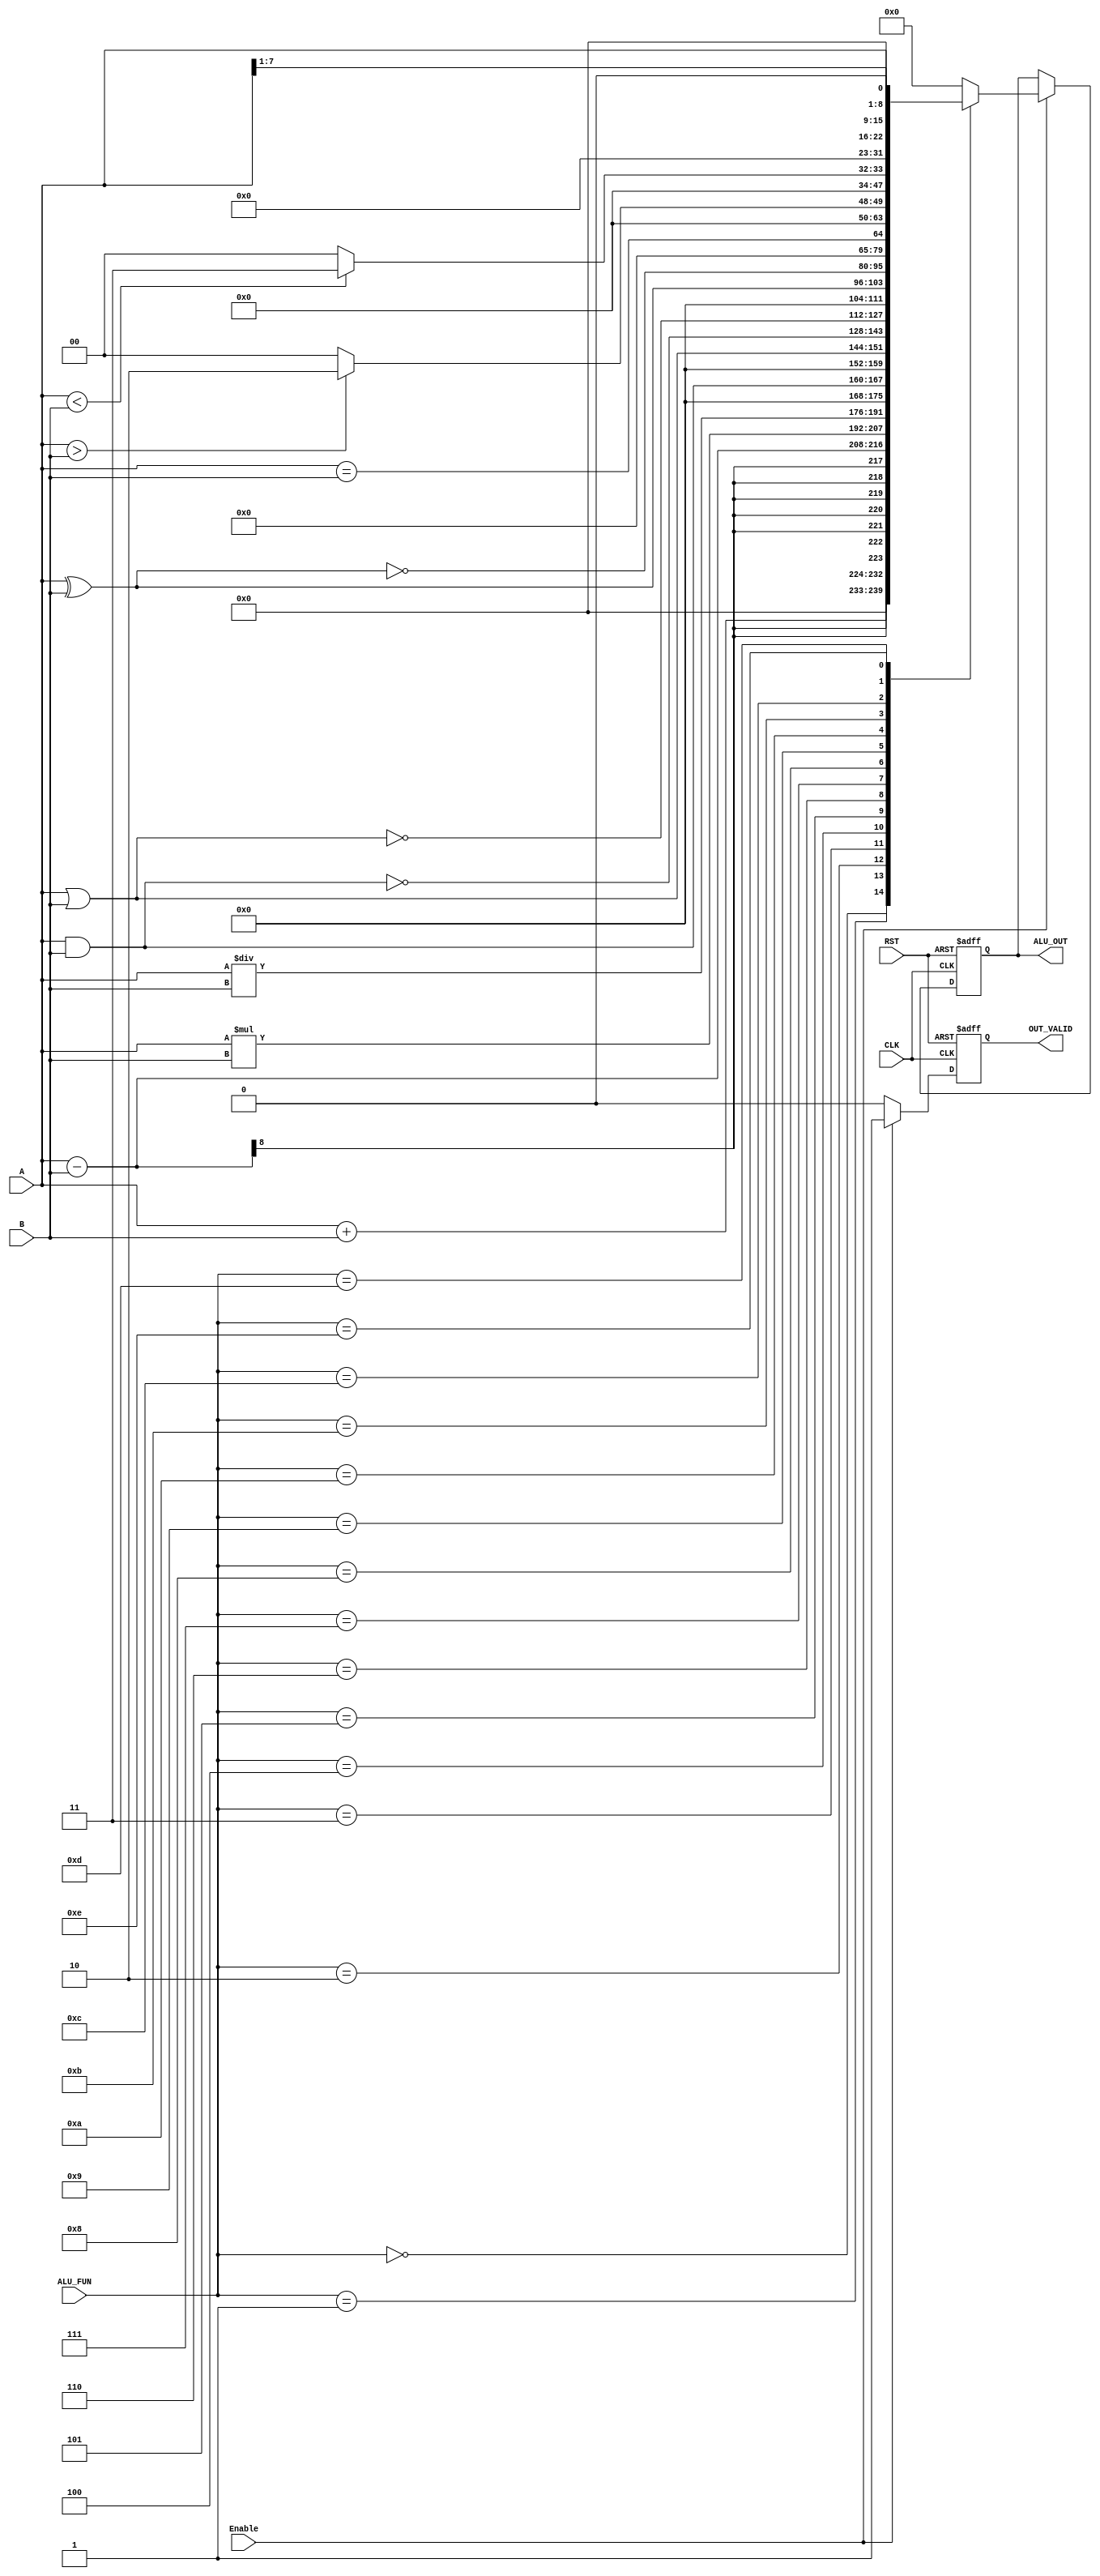
module ALU #(parameter WIDTH = 8 , OUT_WIDTH = 2*WIDTH , FUNC = 4 )
			(
			input wire[WIDTH-1:0] A,
			input wire[WIDTH-1:0] B,
			input wire[FUNC-1:0] ALU_FUN,
			input wire Enable,
			input wire CLK,
			input wire RST,
			output reg[OUT_WIDTH-1:0] ALU_OUT,
			output reg OUT_VALID
			);
reg[OUT_WIDTH-1:0] ALU_Combo ;
reg out_valid_combo;

//reg[WIDTH-1:0] A_,B_;

//always @(posedge CLK or negedge RST) begin 
//	if(~RST) begin
//		A_ <= 0;
//		B_ <= 0;
//	end else begin
//		A_ <= A;
//		B_ <= B;
//	end 
//end

always @(*)begin
	out_valid_combo = 1'b0;
	ALU_Combo = 16'b0;
	if(Enable) begin
		out_valid_combo = 1'b1; 
		case(ALU_FUN)
			4'b0000 : ALU_Combo = A + B;
			4'b0001 : ALU_Combo = A - B;
			4'b0010 : ALU_Combo = A * B;
			4'b0011 : ALU_Combo = A / B;
			4'b0100 : ALU_Combo = A & B;
			4'b0101 : ALU_Combo = A | B;
			4'b0110 : ALU_Combo = ~(A & B);
			4'b0111 : ALU_Combo = ~(A | B);
			4'b1000 : ALU_Combo = A ^ B;
			4'b1001 : ALU_Combo = ~(A ^ B);
			4'b1010 : ALU_Combo = (A == B);
			4'b1011 : ALU_Combo = (A > B) ? 16'd2 : 16'd0;
			4'b1100 : ALU_Combo = (A < B) ? 16'd3 : 16'd0;
			4'b1101 : ALU_Combo = A>>1;
			4'b1110 : ALU_Combo = A<<1;
			default : ALU_Combo = 16'd0;
		endcase
	end else begin
		out_valid_combo = 1'b0;
		ALU_Combo = 16'b0;
	end
end

always @(posedge CLK or negedge RST) begin 
	if(~RST) begin
		ALU_OUT <= 0;
		//OUT_VALID <= 0;
	end else if(Enable)begin
		ALU_OUT <= ALU_Combo;
		//OUT_VALID <= out_valid_combo;
	end 
end

always @(posedge CLK or negedge RST) begin 
	if(~RST) begin
		OUT_VALID <= 0;
	end else begin
		OUT_VALID <= out_valid_combo;
	end 
end


endmodule